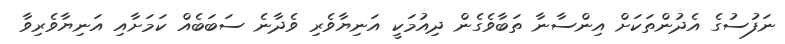
ނަފުސުގެ އެދުންތަކަށް އިންސާނާ ތަބާވެގެން ދިއުމަކީ އަނިޔާވެރި ވެދާނެ ސަބަބެއް ކަމަށާއި އަނިޔާވެރިވާ